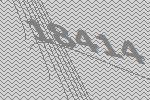
18414